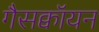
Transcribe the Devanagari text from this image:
गैसक्वॉयन